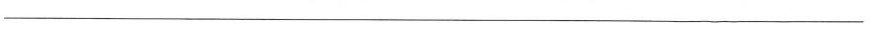
___